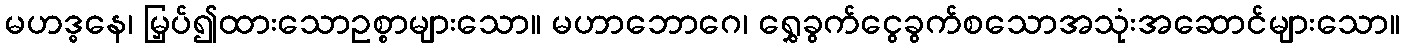
မဟဒ္ဓနေ၊ မြှပ်၍ထားသောဥစ္စာများသော။ မဟာဘောဂေ၊ ရွှေခွက်ငွေခွက်စသောအသုံးအဆောင်များသော။